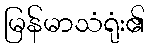
မြန်မာသံရုံး၏